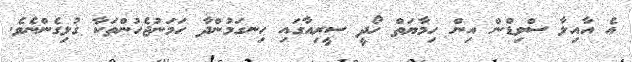
އެ އާއިލާ ސްވިޑްން އިން ހިމާޔަތް ހޯދީ ސީރިއާގައި ހިނގަމުންދާ ހަމަނުޖެހުންތަކާ ގުޅިގެންނެވެ.